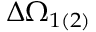
\Delta \Omega _ { 1 ( 2 ) }